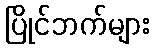
ပြိုင်ဘက်များ